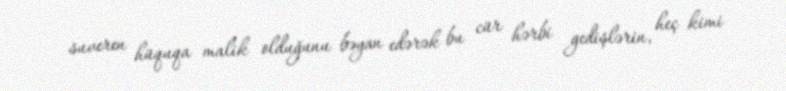
suveren hüquqa malik olduğunu bəyan edərək bu cür hərbi gedişlərin, heç kimi